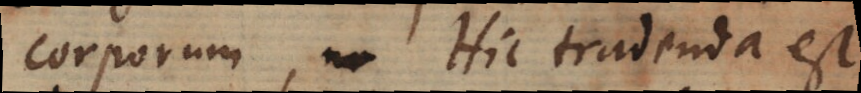
corporum, Hic tradenda est